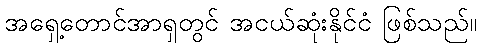
အရှေ့တောင်အာရှတွင် အငယ်ဆုံးနိုင်ငံ ဖြစ်သည်။